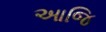
આજિ